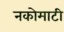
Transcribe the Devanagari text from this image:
नकोमाटी